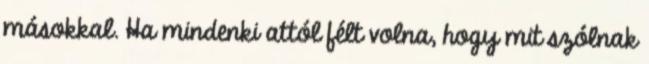
másokkal. Ha mindenki attól félt volna, hogy mit szólnak